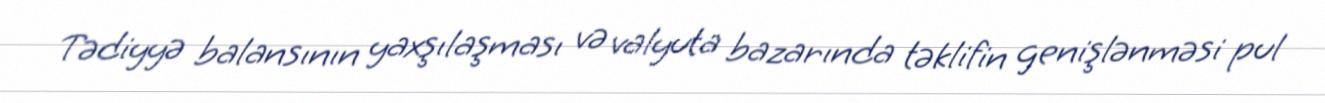
Tədiyyə balansının yaxşılaşması və valyuta bazarında təklifin genişlənməsi pul